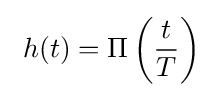
\ h(t)=\Pi \left({\frac {t}{T}}\right)